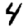
Digit: 4